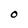
Character: O